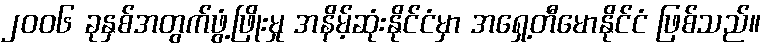
၂၀၀၆ ခုနှစ်အတွက်ဖွံ့ဖြိုးမှု အနိမ့်ဆုံးနိုင်ငံမှာ အရှေ့တီမောနိုင်ငံ ဖြစ်သည်။